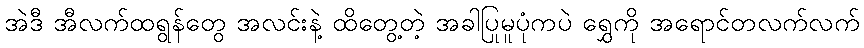
အဲဒီ အီလက်ထရွန်တွေ အလင်းနဲ့ ထိတွေ့တဲ့ အခါပြုမူပုံကပဲ ရွှေကို အရောင်တလက်လက်